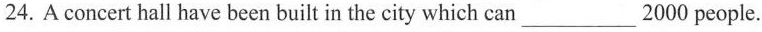
24.A concert hall have been built in the city which can___2000 people.